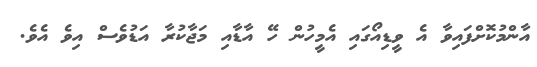
އާންމުކޮށްފައިވާ އެ ވީޑިއޯގައި އެމީހުން ހޭ އާޑާއި މަޖާކުރާ އަޑުވެސް އިވެ އެވެ.